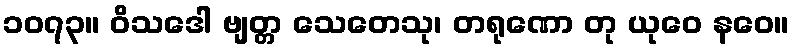
၁၀၇၃။ ဝိသဒေါ ဗျတ္တ သေတေသု၊ တရုဏော တု ယုဝေ နဝေ။